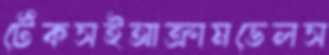
টেঁকসইআক্রামভেলস